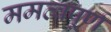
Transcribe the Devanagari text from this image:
ममत्वपूर्ण